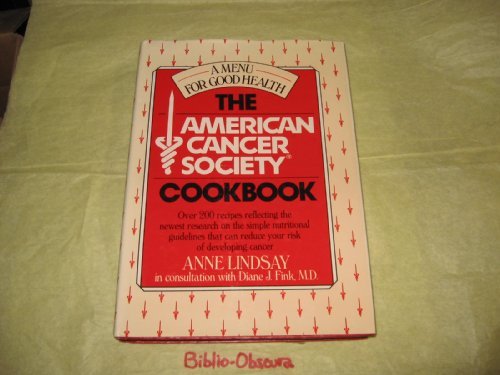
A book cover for American Cancer Society Cookbook; Anne Lindsay; Health, Fitness & Dieting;